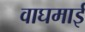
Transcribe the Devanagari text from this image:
वाघमाई